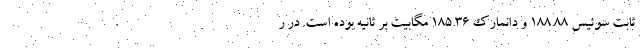
ثابت سوئیس ۱۸۸.۸۸ و دانمارک ۱۸۵.۳۶ مگابیت بر ثانیه بوده است. در ر